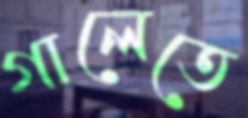
গালেতে